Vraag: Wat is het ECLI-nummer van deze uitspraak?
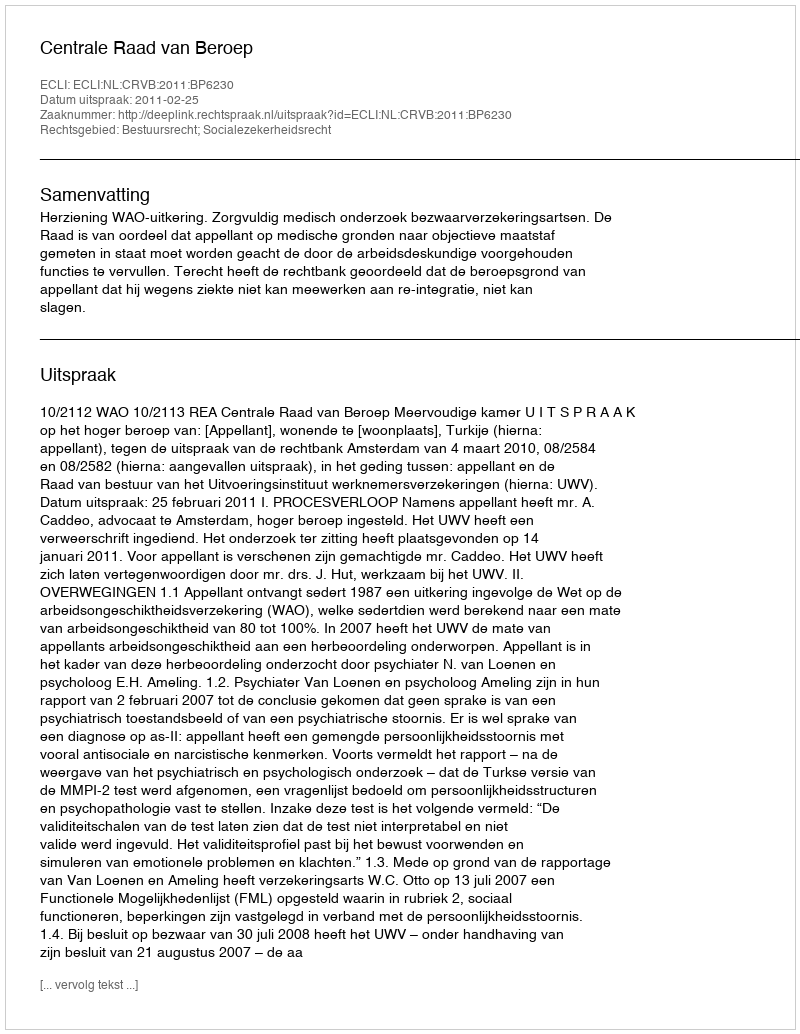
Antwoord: ECLI:NL:CRVB:2011:BP6230